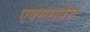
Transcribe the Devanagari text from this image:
एक्ससप्रेस